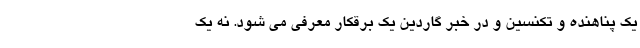
یک پناهنده و تکنسین و در خبر گاردین یک برقکار معرفی می شود. نه یک